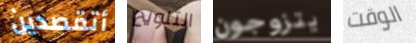
أتقصدين التلويح يتزوجون الوقت